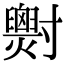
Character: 𡭓